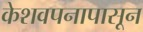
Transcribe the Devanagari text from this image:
केशवपनापासून